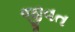
જીવત